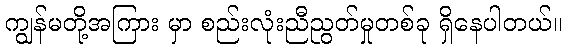
ကျွန်မတို့အကြား မှာ စည်းလုံးညီညွတ်မှုတစ်ခု ရှိနေပါတယ်။